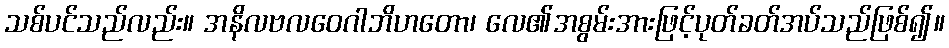
သစ်ပင်သည်လည်း။ အနိလဗလဝေဂါဘိဟတော၊ လေ၏အစွမ်းအားဖြင့်ပုတ်ခတ်အပ်သည်ဖြစ်၍။